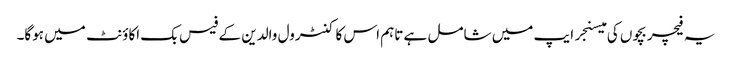
یہ فیچر بچوں کی میسنجر ایپ میں شامل ہے تاہم اس کا کنٹرول والدین کے فیس بک اکاؤنٹ میں ہوگا۔